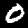
Digit: 0